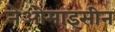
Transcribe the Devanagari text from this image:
नेओमाइसीन